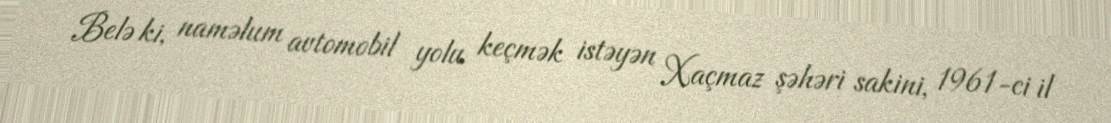
Belə ki, naməlum avtomobil yolu keçmək istəyən Xaçmaz şəhəri sakini, 1961-ci il